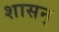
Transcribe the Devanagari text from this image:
शासन्